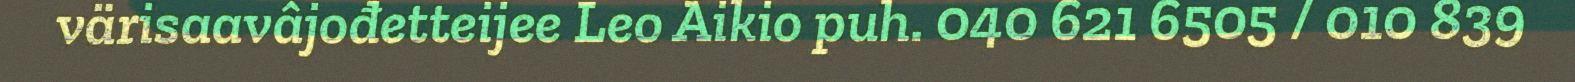
värisaavâjođetteijee Leo Aikio puh. 040 621 6505 / 010 839